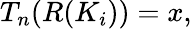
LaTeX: T_{n}(R(K_{i}))=x,